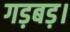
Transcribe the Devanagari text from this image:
गड़बड़।